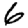
Digit: 6